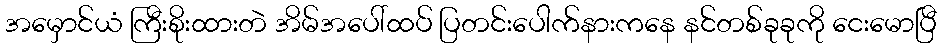
အမှောင်ယံ ကြီးစိုးထားတဲ အိမ်အပေါ်ထပ် ပြတင်းပေါက်နားကနေ နင်တစ်ခုခုကို ငေးမောပြီ